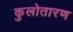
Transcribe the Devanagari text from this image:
कुलोतारण